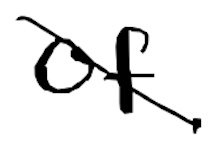
Text: of
Cross-out: diagonal
Writing tool: digital_black